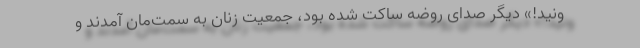
ونید!» دیگر صدای روضه ساکت شده بود، جمعیت زنان به سمت‌مان آمدند و